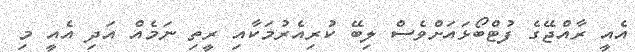
އެއީ ރާއްޖޭގެ ފުޓްބޯޅައަށްވެސް ލިބޭ ކުރިއެރުމަކާއި ރީތި ނަމެއް އަދި އެއީ މި